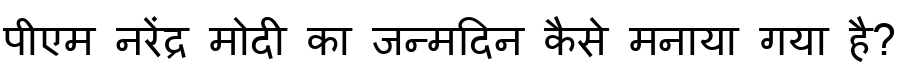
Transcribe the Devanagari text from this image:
पीएम नरेंद्र मोदी का जन्मदिन कैसे मनाया गया है?